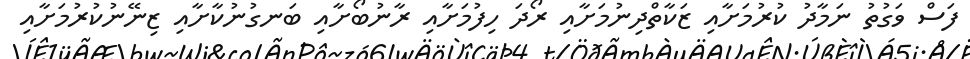
ފަސް ވަގުތު ނަމާދު ކުރުމަށާއި ޒަކާތްދިނުމަށާއި ރޯދަ ހިފުމަށާއި ރާނުބޯށާއި ބަނގުނުކާށާއި ޒިނޭނުކުރުމަށާއި